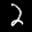
Label: 2